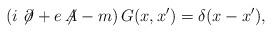
LaTeX: \begin{align*}\left(i\not{\!\partial}+e\not{\!\!A}-m\right)G(x,x')=\delta(x-x'),\end{align*}